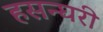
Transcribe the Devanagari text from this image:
हसन्घरी